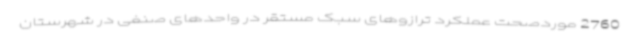
2760 موردصحت عملکرد ترازوهای سبک مستقر در واحدهای صنفی در شهرستان